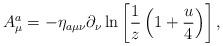
LaTeX: \begin{align*}A_\mu^a=-\eta_{a\mu\nu}\partial_\nu\ln\left[{1\over z}\left(1+{u\over 4}\right)\right],\end{align*}